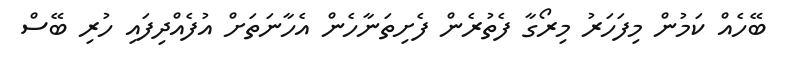
ބޭހެއް ކަމުން މިފަހަރު މިރޯގާ ފެތުރެން ފެށިތަނާހެން އެހާނަތަށް އުފެއްދިފައި ހުރި ބޭސް